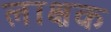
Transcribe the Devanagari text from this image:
लाक्षक